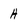
Character: H